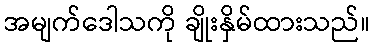
အမျက်ဒေါသကို ချိုးနှိမ်ထားသည်။